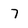
Character: 7